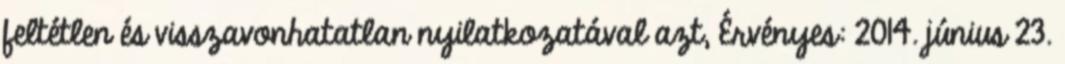
feltétlen és visszavonhatatlan nyilatkozatával azt, Érvényes: 2014. június 23.